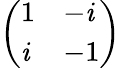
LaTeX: \left(\begin{array}{ll}{1}&{-\mathit{i}}\\ {\mathit{i}}&{-1}\end{array}\right)